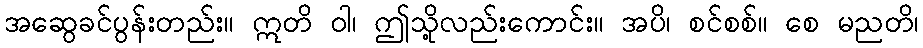
အဆွေခင်ပွန်းတည်း။ ဣတိ ဝါ၊ ဤသို့လည်းကောင်း။ အပိ၊ စင်စစ်။ စေ မညတိ၊